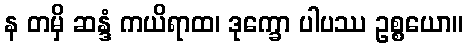
န တမှိ ဆန္ဒံ ကယိရာထ၊ ဒုက္ခော ပါပဿ ဥစ္စယော။